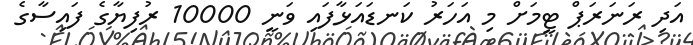
އަދި ރަނަރަޕް ޓީމަށް މި އަހަރު ކަނޑައަޅާފައި ވަނީ 10000 ރުފިޔާގެ ފައިސާގެ